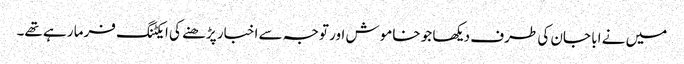
میں نے ابا جان کی طرف دیکھا جو خاموش اور توجہ سے اخبار پڑھنے کی ایکٹنگ فرما رہے تھے۔